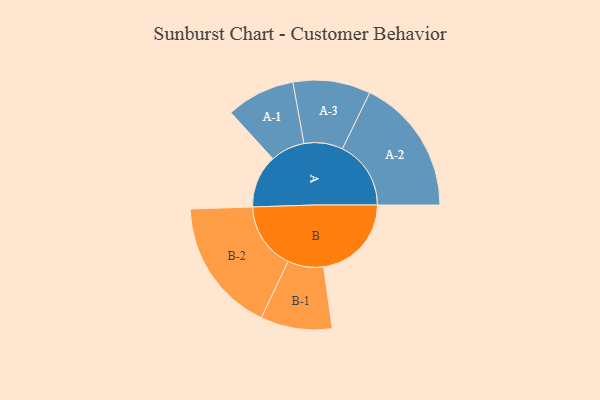
{"axis": {"x": "Segment", "y": "Value"}, "legend": ["", "A", "B"], "data": [{"x": "A", "y": 231, "type": ""}, {"x": "B", "y": 383, "type": ""}, {"x": "A-1", "y": 150, "type": "A"}, {"x": "A-2", "y": 299, "type": "A"}, {"x": "A-3", "y": 169, "type": "A"}, {"x": "B-1", "y": 156, "type": "B"}, {"x": "B-2", "y": 293, "type": "B"}]}